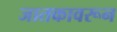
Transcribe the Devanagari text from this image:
जातकावरून